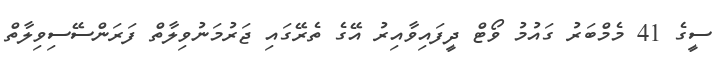
ސީގެ 41 މެމްބަރު ގައުމު ވޯޓް ދީފައިވާއިރު އޭގެ ތެރޭގައި ޖަރުމަނުވިލާތް ފަރަންސޭސިވިލާތް